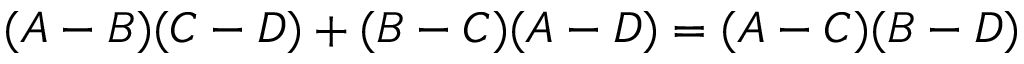
( A - B ) ( C - D ) + ( B - C ) ( A - D ) = ( A - C ) ( B - D )